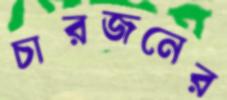
চারজনের